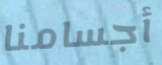
أجسامنا